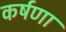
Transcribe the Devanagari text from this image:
कर्षणा